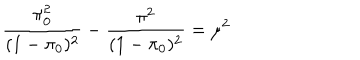
\frac { \pi _ { 0 } ^ { 2 } } { ( 1 - \pi _ { 0 } ) ^ { 2 } } - \frac { \pi ^ { 2 } } { ( 1 - \pi _ { 0 } ) ^ { 2 } } = \mu ^ { 2 }